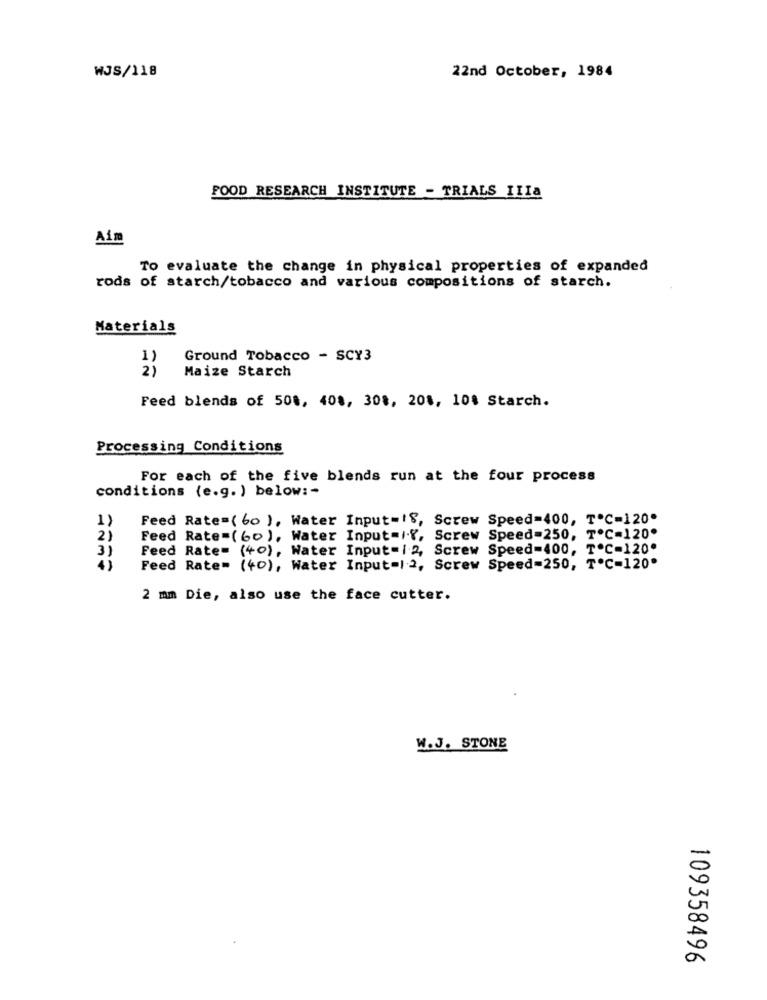
22nd October, 1984
WJS/118
FOOD RESEARCH INSTITUTE - TRIALS IIIa
Aim
To evaluate the change in physical properties of expanded
rods of starch/tobacco and various compositions of starch.
Materials
Ground Tobacco - SCY3
2)
Maize Starch
Feed blends of 508, 408, 308, 208, 108 Starch.
Processing Conditions
For each of the five blends run at the four process
conditions (e.g. ) below :-
Feed Rate=( 60 ), Water Input=18, Screw Speed=400, ToC-120
1)
2
Feed Rate=(60), Water Input=1.Y, Screw Speed-250, ToC-120
3)
Feed Rate= (40), Water Input- 1 2, Screw Speed-400, ToC-120.
Feed Rate= (40), Water Input-12, Screw Speed=250, ToC-120
2 mm Die, also use the face cutter.
W.J. STONE
109358496